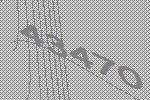
43470